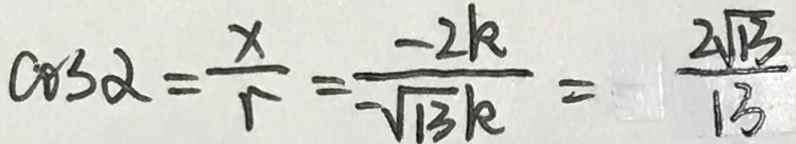
\cos \alpha = \frac { x } { r } = \frac { - 2 k } { - \sqrt { 1 3 } k } = \frac { 2 \sqrt { 1 3 } } { 1 3 }